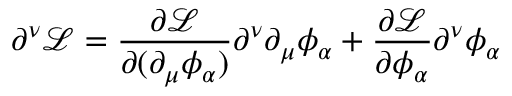
\partial ^ { \nu } { \mathcal { L } } = { \frac { \partial { \mathcal { L } } } { \partial ( \partial _ { \mu } \phi _ { \alpha } ) } } \partial ^ { \nu } \partial _ { \mu } \phi _ { \alpha } + { \frac { \partial { \mathcal { L } } } { \partial \phi _ { \alpha } } } \partial ^ { \nu } \phi _ { \alpha }